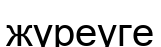
жүреуге